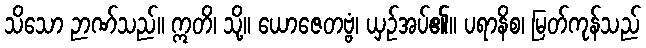
သိသော ဉာဏ်သည်။ ဣတိ၊ သို့။ ယောဇေတဗ္ဗံ၊ ယှဉ်အပ်၏။ ပရာနိစ၊ မြတ်ကုန်သည်